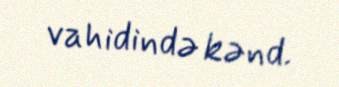
vahidində kənd.